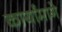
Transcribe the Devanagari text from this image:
कार्यांमागे